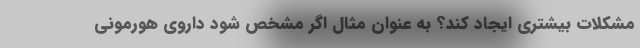
مشکلات بیشتری ایجاد کند؟ به عنوان مثال اگر مشخص شود داروی هورمونی